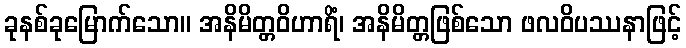
ခုနစ်ခုမြောက်သော။ အနိမိတ္တဝိဟာရိံ၊ အနိမိတ္တဖြစ်သော ဖလဝိပဿနာဖြင့်